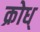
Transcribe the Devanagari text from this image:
क्रोध्